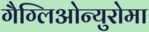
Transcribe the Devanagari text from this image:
गैग्लिओन्युरोमा